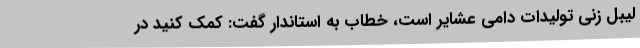
لیبل زنی تولیدات دامی عشایر است، خطاب به استاندار گفت: کمک کنید در